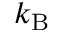
k _ { \mathrm { B } }